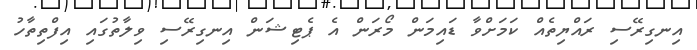
އިނގިރޭސި ރައްޔިތެއް ކަމަށްވާ ޑައިމަން މޯރަން އެ ޕެޓިޝަން އިނގިރޭސި ވިލާތުގައި އިފްތިތާހު